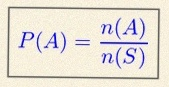
P(A)=\frac{n(A)}{n(S)}